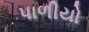
પાળીયો